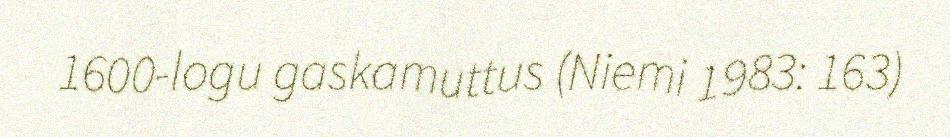
1600-logu gaskamuttus (Niemi 1983: 163)